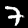
Label: 7